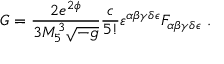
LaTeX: G = { \frac { 2 e ^ { 2 \phi } } { 3 M _ { 5 } ^ { 3 } \sqrt { - g } } } { \frac { c } { 5 ! } } \varepsilon ^ { \alpha \beta \gamma \delta \epsilon } { \cal F } _ { \alpha \beta \gamma \delta \epsilon } \ .